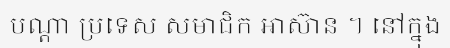
បណ្តា ប្រទេស សមាជិក អាស៊ាន ។ នៅក្នុង